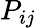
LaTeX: P_{ij}